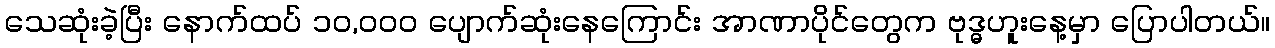
သေဆုံးခဲ့ပြီး နောက်ထပ် ၁၀,၀၀၀ ပျောက်ဆုံးနေကြောင်း အာဏာပိုင်တွေက ဗုဒ္ဓဟူးနေ့မှာ ပြောပါတယ်။